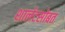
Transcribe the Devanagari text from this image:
शार्लटसोबत